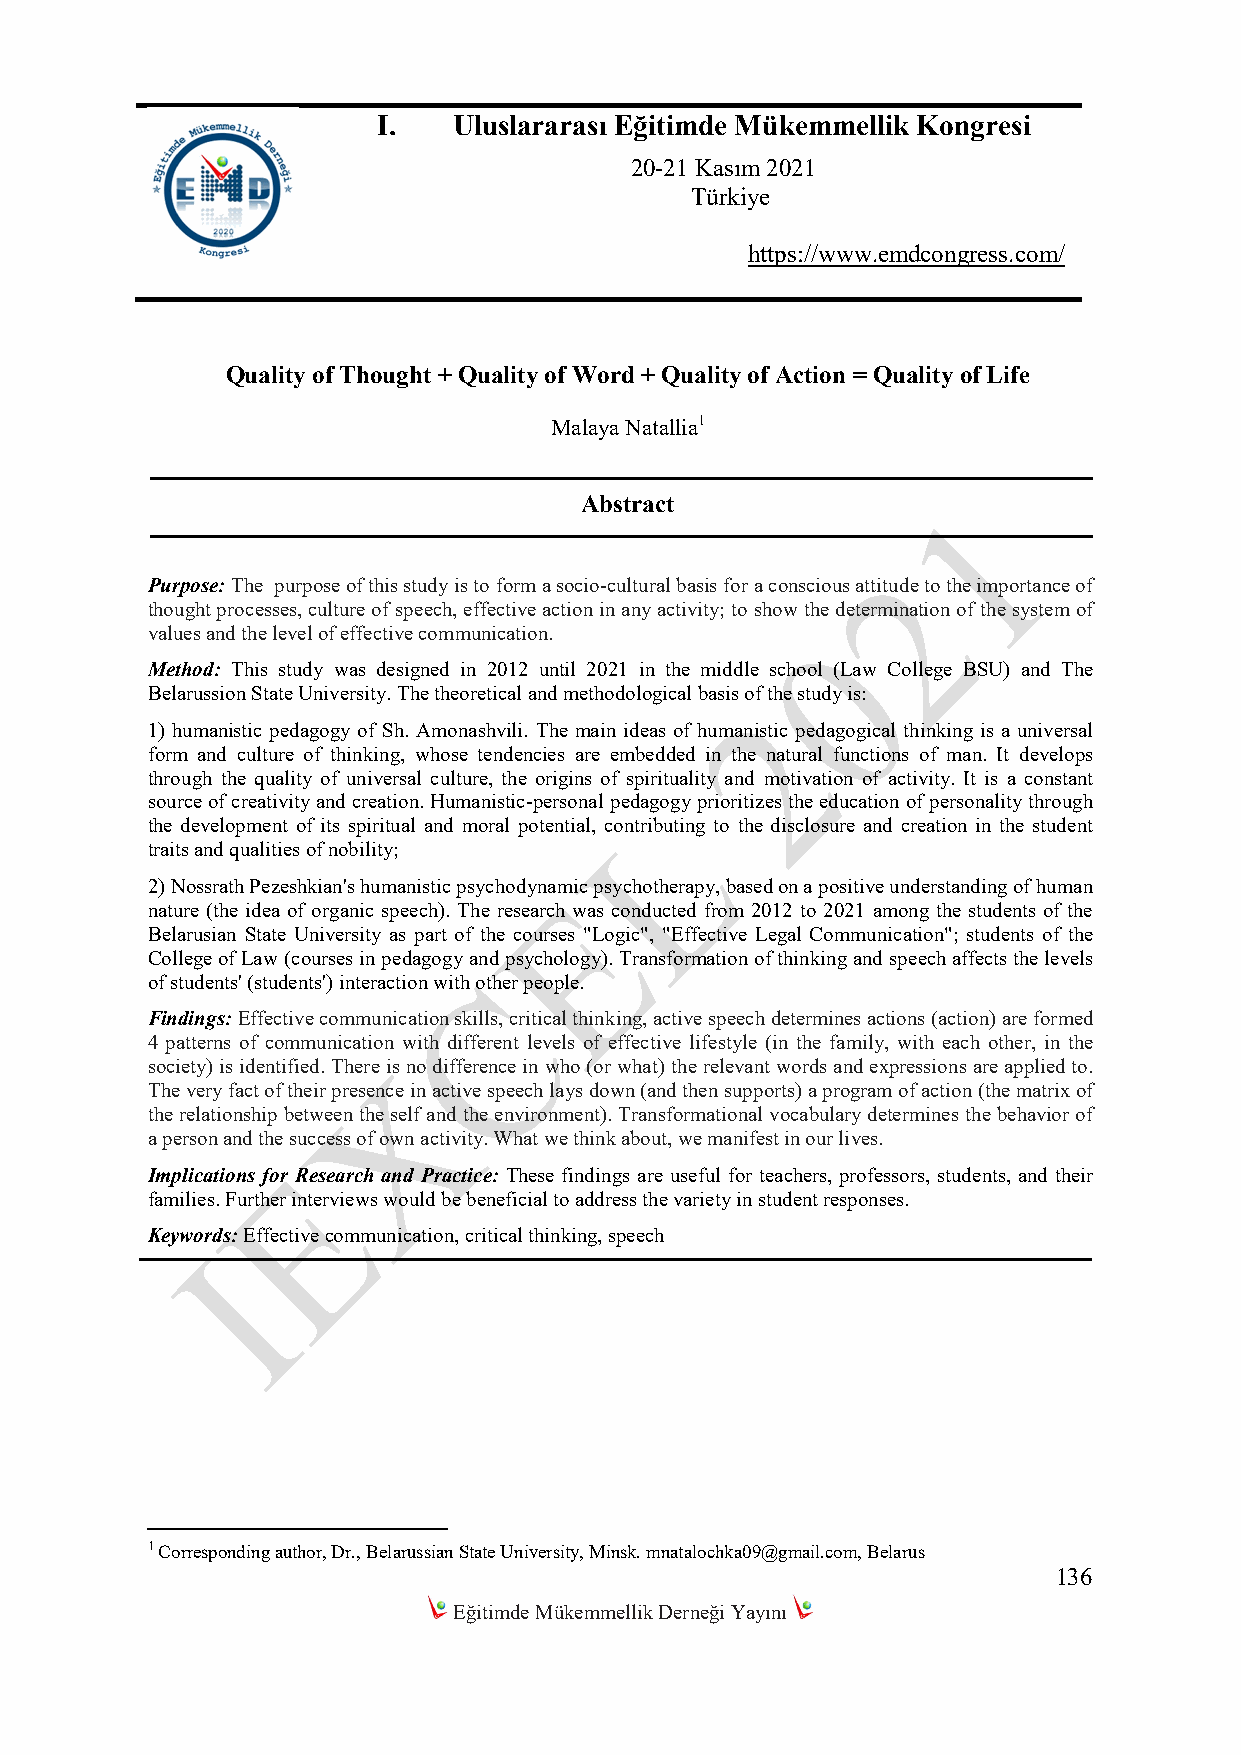
I.   Uluslararası Eğitimde Mükemmellik Kongresi
 20-21 Kasım 2021
 Türkiye
 https://www.emdcongress.com/
 Quality of Thought + Quality of Word + Quality of Action = Quality of Life
 Malaya Natallia1
 Abstract
 Purpose: The рurpose of this study is to form a socio-cultural basis for a conscious attitude to the importance of
 thought processes, culture of speech, effective action in any activity; to show the determination of the system of
 values and the level of effective communication.
 Method: This study was designed in 2012 until 2021 in the middle school (Law College BSU) and The
 Belarussion State University. The theoretical and methodological basis of the study is:
 1) humanistic pedagogy of Sh. Amonashvili. The main ideas of humanistic pedagogical thinking is a universal
 form and culture of thinking, whose tendencies are embedded in the natural functions of man. It develops
 through the quality of universal culture, the origins of spirituality and motivation of activity. It is a constant
 source of creativity and creation. Humanistic-personal pedagogy prioritizes the education of personality through
 the development of its spiritual and moral potential, contributing to the disclosure and creation in the student
 traits and qualities of nobility;
 2) Nossrath Pezeshkian's humanistic psychodynamic psychotherapy, based on a positive understanding of human
 nature (the idea of organic speech). The research was conducted from 2012 to 2021 among the students of the
 Belarusian State University as part of the courses "Logic", "Effective Legal Communication"; students of the
 College of Law (courses in pedagogy and psychology). Transformation of thinking and speech affects the levels
 of students' (students') interaction with other people.
 Findings: Effective communication skills, critical thinking, active speech determines actions (action) are formed
 4 patterns of communication with different levels of effective lifestyle (in the family, with each other, in the
 society) is identified. There is no difference in who (or what) the relevant words and expressions are applied to.
 The very fact of their presence in active speech lays down (and then supports) a program of action (the matrix of
 the relationship between the self and the environment). Transformational vocabulary determines the behavior of
 a person and the success of own activity. What we think about, we manifest in our lives.
 Implications for Research and Practice: These findings are useful for teachers, professors, students, and their
 families. Further interviews would be beneficial to address the variety in student responses.
 Keywords: Effective communication, critical thinking, speech
 1 Corresponding author, Dr., Belarussian State University, Minsk. mnatalochka09@gmail.com, Belarus
 136
 Eğitimde Mükemmellik Derneği Yayını